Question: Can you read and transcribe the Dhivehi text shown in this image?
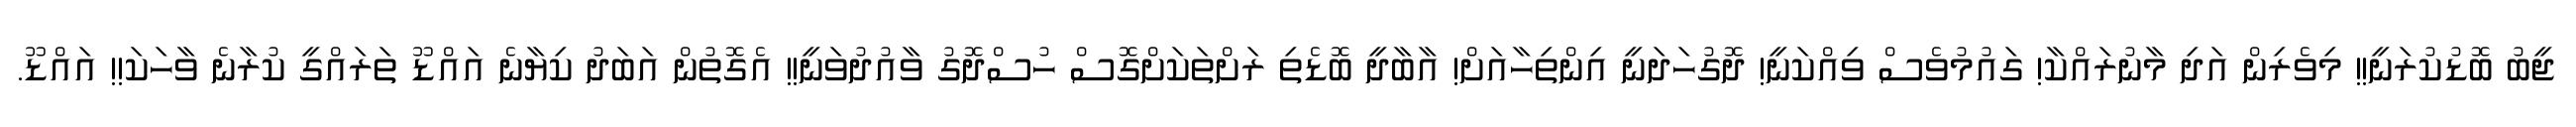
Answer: ޖީބު ބޮޑުކުރަނީ!! މިވެރިން އަދި މާނުރައްކާ! ގައުމުވެސް ވިއްކަނީ! ދޮގުހަދަނީ އިންތިހާއަށް! އާބާދީ ބޮޑެތި ރަށްތަކަށްގޮސް ހުސްދޮގު ވާއުދުވަނީ!! އެގޮތުން އަބަދު ކިޔާނެ އައްޑޫ ތަރައްގީ ކުރާނެ ވާހަކަ!! އައްޑޫ.